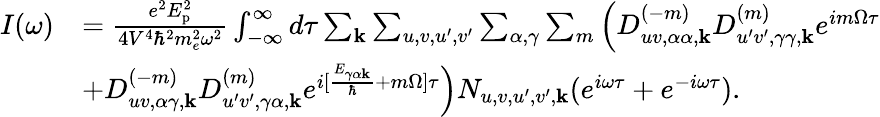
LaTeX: \begin{array}{rl}{I(\omega)}&{=\frac{e^{2}E_{\textrm{p}}^{2}}{4V^{4}\hbar^{2}m_{e}^{2}\omega^{2}}\int_{-\infty}^{\infty}d\tau\sum_{\mathbf{k}}\sum_{u,v,u^{\prime},v^{\prime}}\sum_{\alpha,\gamma}\sum_{m}\left(D_{uv,\alpha\alpha,\mathbf{k}}^{(-m)}D_{u^{\prime}v^{\prime},\gamma\gamma,\mathbf{k}}^{(m)}e^{im\Omega\tau}\right.}\\ &{\left.+D_{uv,\alpha\gamma,\mathbf{k}}^{(-m)}D_{u^{\prime}v^{\prime},\gamma\alpha,\mathbf{k}}^{(m)}e^{i[\frac{E_{\gamma\alpha\mathbf{k}}}{\hbar}+m\Omega]\tau}\right)N_{u,v,u^{\prime},v^{\prime},\mathbf{k}}(e^{i\omega\tau}+e^{-i\omega\tau}).}\end{array}